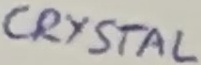
Text: CRYSTAL